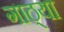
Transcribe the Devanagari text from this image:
गाठ्या